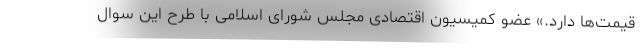
قیمت‌ها دارد.» عضو کمیسیون اقتصادی مجلس شورای اسلامی با طرح این سوال